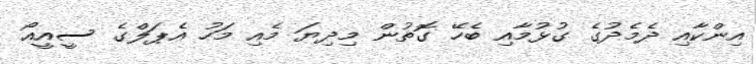
އިންކާއި ދެމެދުގެ ގުޅުމާއި ބެހޭ ގޮތުން މިދިޔަ މެއި މަހު އެޕަލްގެ ސީއީއޯ